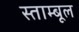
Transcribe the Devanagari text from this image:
स्ताम्बूल